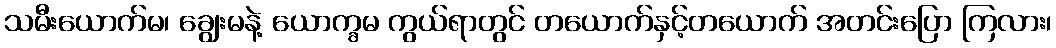
သမီးယောက်မ၊ ချွေးမနဲ့ ယောက္ခမ ကွယ်ရာတွင် တယောက်နှင့်တယောက် အတင်းပြော ကြလား၊